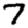
Digit: 7